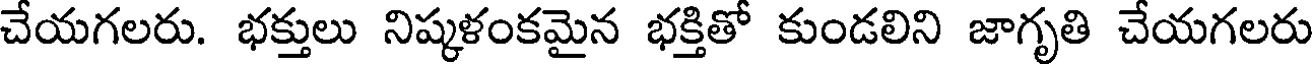
చేయగలరు. భక్తులు నిష్కళంకమైన భక్తితో కుండలిని జాగృతి చేయగలరు